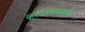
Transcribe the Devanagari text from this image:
कलापथकाद्वारे